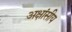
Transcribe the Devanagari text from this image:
अक्षांसीय